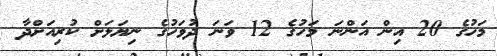
މަހުގެ 20 އިން އަންނަ މަހުގެ 12 ވަނަ ދުވަހުގެ ނިޔަލަށް ކުރިއަށްދާ